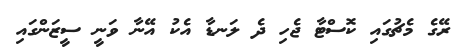
ރޭގެ މެޗުގައި ކޮސްޓާ ޖެހި ދެ ލަނޑާ އެކު އޭނާ ވަނީ ސީޒަންގައި